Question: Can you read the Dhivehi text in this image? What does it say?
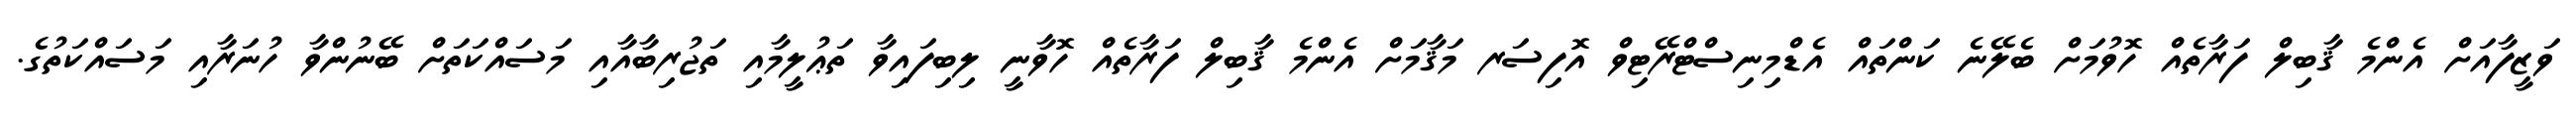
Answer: ވަޒީފާއަށް އެންމެ ޤާބިލް ފަރާތެއް ހޮވުމަށް ބެލޭނެ ކަންތައް އެޑްމިނިސްޓްރޭޓިވް އޮފިސަރ މަޤާމަށް އެންމެ ޤާބިލް ފަރާތެއް ހޮވާނީ ލިބިފައިވާ ތަޢުލީމާއި ތަޖުރިބާއާއި މަސައްކަތަށް ބޭނުންވާ ހުނަރާއި މަސައްކަތުގެ.